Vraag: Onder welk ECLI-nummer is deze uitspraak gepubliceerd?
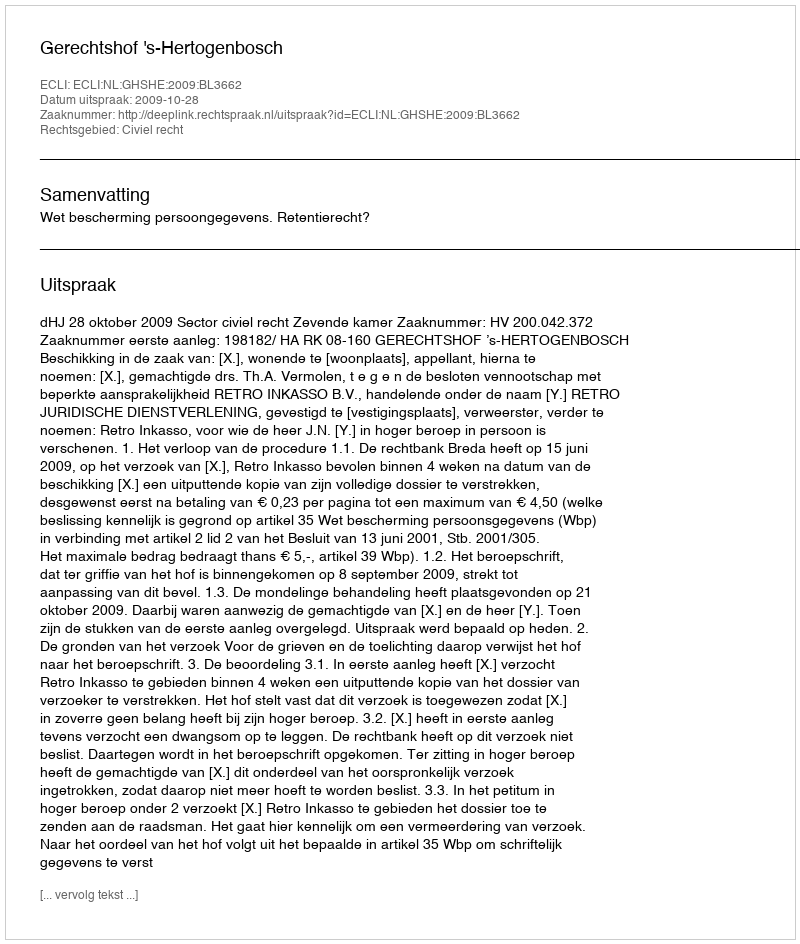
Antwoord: ECLI:NL:GHSHE:2009:BL3662